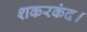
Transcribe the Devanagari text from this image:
शकरकंद।